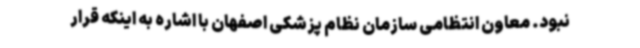
نبود. معاون انتظامی سازمان نظام پزشکی اصفهان با اشاره به اینکه قرار